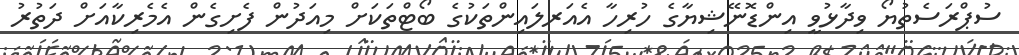
ސުޕްރަސެތުޔޯ ވިދާޅުވީ އިންޑޮނޭޝިޔާގެ ހުރިހާ އެއަރލައިންތަކުގެ ބޯޓްތަކަށް މިއަދުން ފެށިގެން އެމެރިކާއަށް ދަތުރު